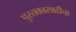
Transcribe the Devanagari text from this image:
पुस्तकासाठीचा